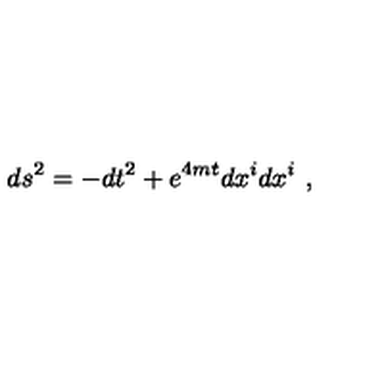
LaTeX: d s ^ { 2 } = - d t ^ { 2 } + e ^ { 4 m t } d x ^ { i } d x ^ { i } \ ,